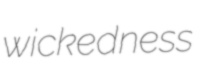
wickedness